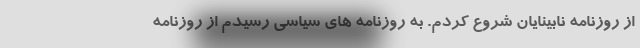
از روزنامه نابینایان شروع کردم. به روزنامه های سیاسی رسیدم از روزنامه